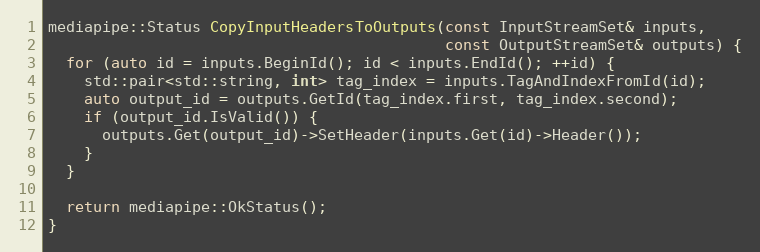
Language: C++
mediapipe::Status CopyInputHeadersToOutputs(const InputStreamSet& inputs,
                                            const OutputStreamSet& outputs) {
  for (auto id = inputs.BeginId(); id < inputs.EndId(); ++id) {
    std::pair<std::string, int> tag_index = inputs.TagAndIndexFromId(id);
    auto output_id = outputs.GetId(tag_index.first, tag_index.second);
    if (output_id.IsValid()) {
      outputs.Get(output_id)->SetHeader(inputs.Get(id)->Header());
    }
  }

  return mediapipe::OkStatus();
}